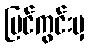
မြင်ကွင်းမှ